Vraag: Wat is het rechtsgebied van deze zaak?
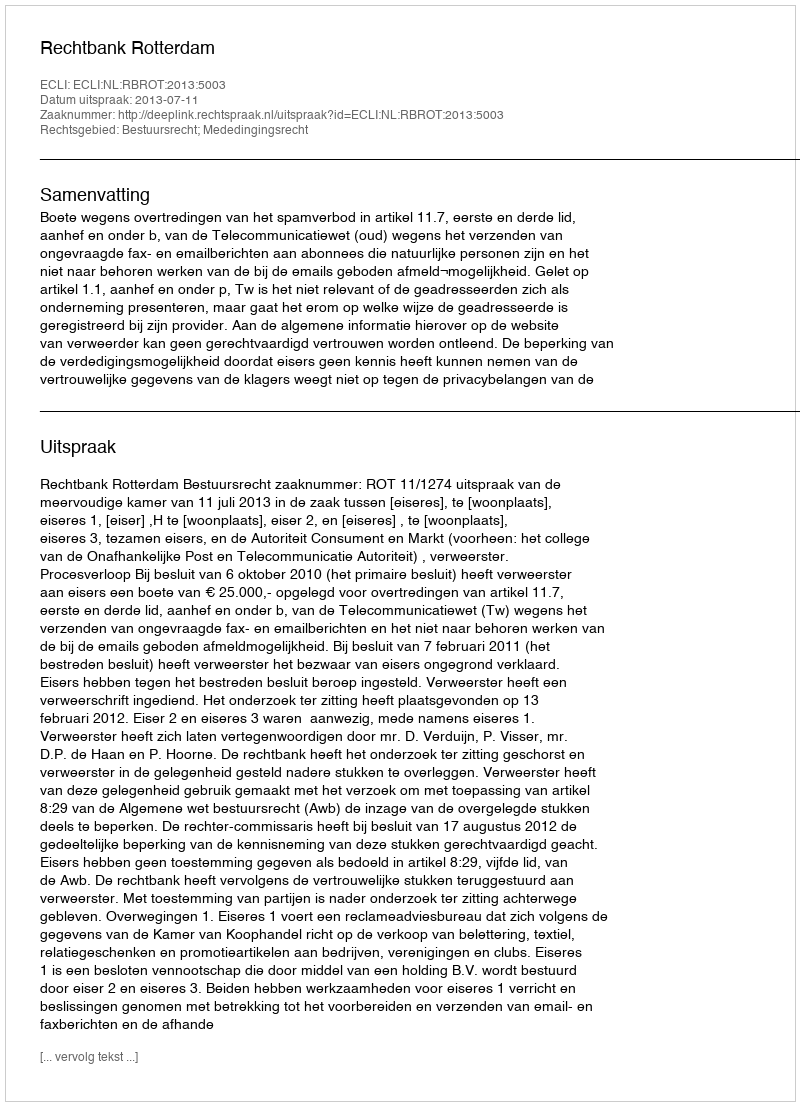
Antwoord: Bestuursrecht; Mededingingsrecht